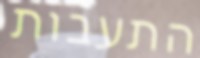
התעבות